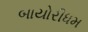
બાયોરીધમ